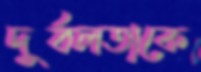
দুর্বলতাকে